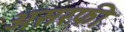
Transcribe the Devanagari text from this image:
असरफी